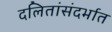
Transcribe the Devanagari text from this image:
दलितांसंदर्भात